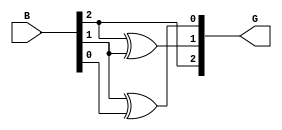
module gray_code_encoder (
    input  wire [2:0] B, // 3-bit binary input
    output wire [2:0] G  // 3-bit Gray code output
);

// Assigning Gray code outputs based on the binary input
assign G[2] = B[2];               // MSB of Gray code is the same as MSB of binary input
assign G[1] = B[2] ^ B[1];        // G[1] = B[2] XOR B[1]
assign G[0] = B[1] ^ B[0];        // G[0] = B[1] XOR B[0]

endmodule